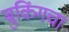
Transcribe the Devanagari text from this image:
बुकिंगचा